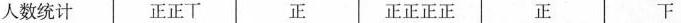
人数统计 正正丅 正 正正正正 正 下